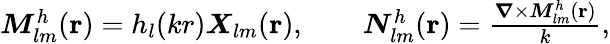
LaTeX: \begin{array}{r}{{\boldsymbol{M}}_{lm}^{h}({\mathbf r})=h_{l}(kr)\boldsymbol{X}_{lm}({\mathbf r}),\qquad{\boldsymbol{N}}_{lm}^{h}({\mathbf r})=\frac{\boldsymbol{\nabla}\times{\boldsymbol{M}}_{lm}^{h}({\mathbf r})}{k},}\end{array}